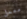
معمل